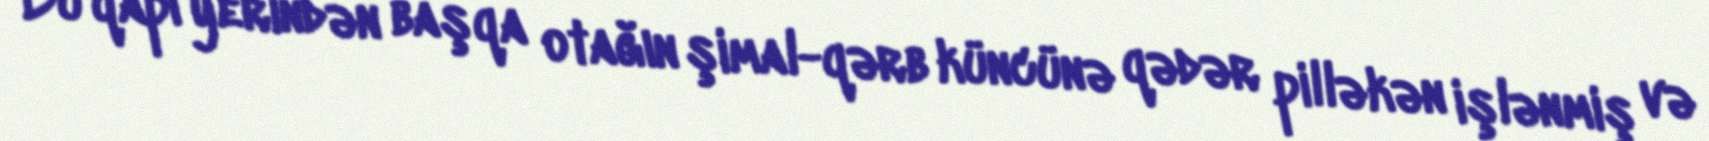
Bu qapı yerindən başqa otağın şimal-qərb küncünə qədər pilləkən işlənmiş və